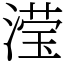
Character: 滢